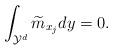
LaTeX: \begin{align*} \int_{\mathcal{Y}^d}\widetilde{m}_{x_j}dy=0. \end{align*}